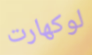
لوكهارت